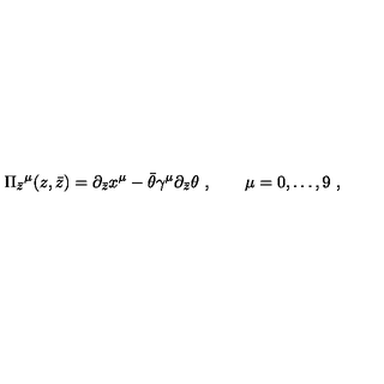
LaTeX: \Pi _ { \bar { z } } { } ^ { \mu } ( z , \bar { z } ) = \partial _ { \bar { z } } x ^ { \mu } - \bar { \theta } \gamma ^ { \mu } \partial _ { \bar { z } } \theta \ , \qquad \mu = 0 , \dots , 9 \ ,